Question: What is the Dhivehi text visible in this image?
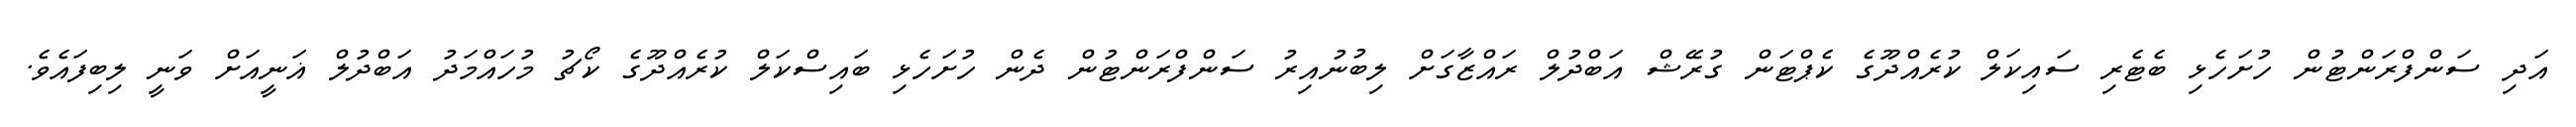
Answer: އަދި ސަންފްރަންޓުން ހުށަހެޅި ބެޓެރި ސައިކަލް ކުރެއްދޫގެ ކެޕްޓަން ގުރޭޝް އަބްދުލް ރައްޒާގަށް ލިބުނުއިރު ސަންފްރަންޓުން ދެން ހުށަހެޅި ބައިސްކަލް ކުރެއްދޫގެ ކޯޗު މުހައްމަދު އަބްދުލް ޣަނީއަށް ވަނީ ލިބިފައެވެ.